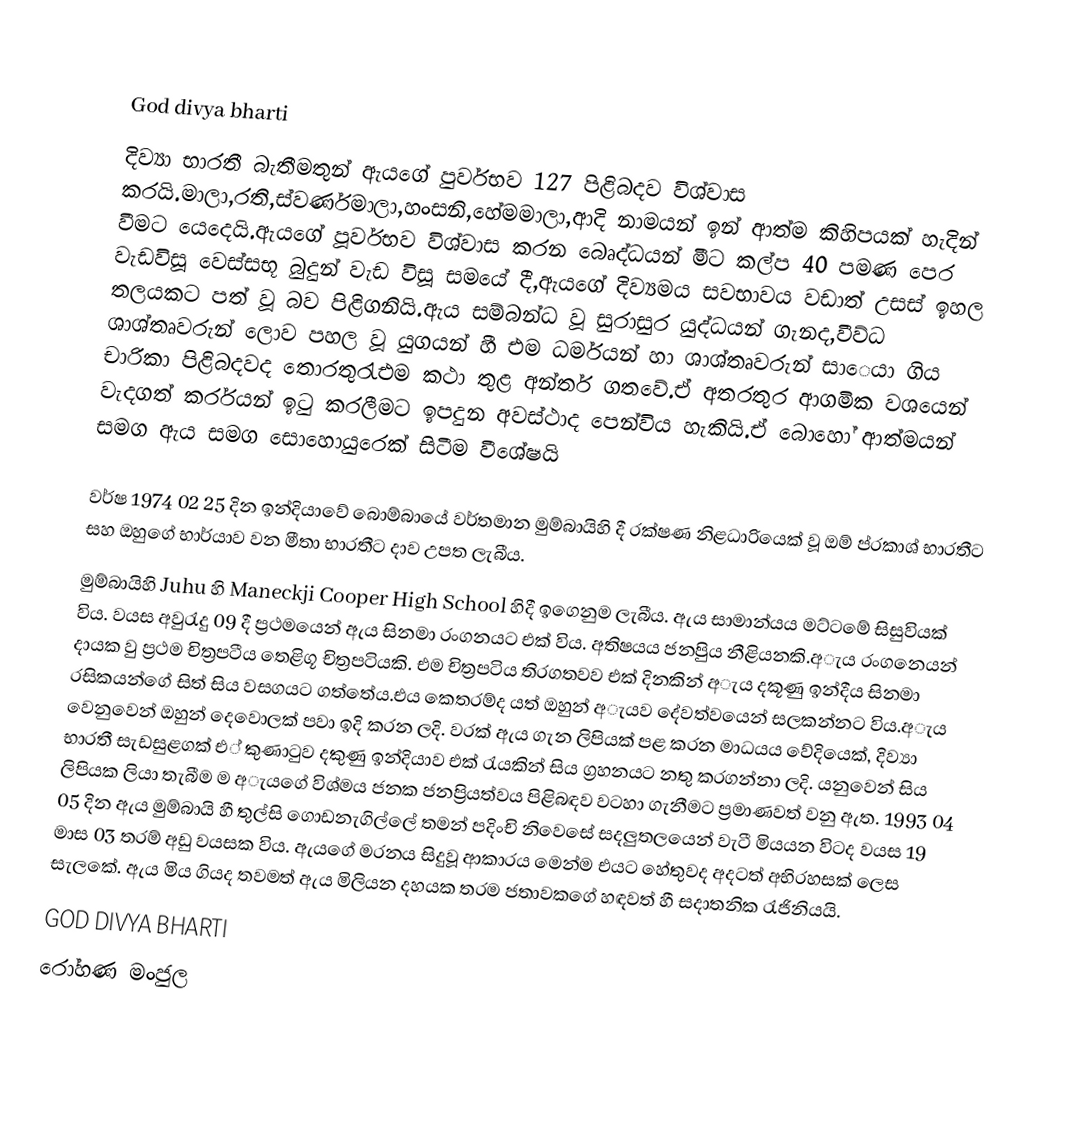

God divya bharti
දිව්‍යා භාරතී බැතීමතුන් ඇයගේ පුර්වභව 127 පිළිබදව විශ්වාස කරයි.මාලා,රති,ස්වර්ණමාලා,හංසනි,හේමමාලා,ආදි නාමයන් ඉන් ආත්ම කිහිපයක් හැදින් වීමට යෙදෙයි.ඇයගේ  පූර්වභව විශ්වාස කරන බෙෘද්ධයන්  මීට කල්ප 40 පමණ පෙර වැඩවිසූ වෙස්සභූ බුදුන් වැඩ විසූ සමයේ දී,ඇයගේ දිව්‍යමය සවභාවය වඩාත් උසස් ඉහල තලයකට පත් වූ බව පිළිගනියි.ඇය සම්බන්ධ වූ සුරාසුර යුද්ධයන් ගැනද,වීව්ධ ශාශ්තෘවරුන් ලොව පහල වූ යුගයන් හී එම ධර්මයන් හා ශාශ්තෘවරුන් සාෙයා ගිය චාරිකා පිළිබදවද තොරතුරැඑම කථා තුළ අන්තර් ගතවේ.ඒ අතරතුර ආගමික වශයෙන් වැදගත් කර්රයන් ඉටු කරලීමට ඉපදුන අවස්ථාද පෙන්විය හැකියි.ඒ බොහෝ ආත්මයන් සමග ඇය සමග සොහොයුරෙක් සිටීම වීශේෂයි

වර්ෂ 1974 02 25 දින ඉන්දියාවේ බොම්බායේ වර්තමාන මුම්බායිහි දී  රක්ෂණ නිළධාරියෙක් වූ  ඔම් ප්රකාශ් භාරතීට සහ ඔහුගේ භාර්යාව වන මීතා භාරතීට දාව උපත ලැබීය.
මුම්බායිහි Juhu හි Maneckji Cooper High School  හිදී ඉගෙනුම ලැබීය. ඇය සාමාන්යය මට්ටමේ සිසුවියක් විය. වයස අවුරැදු 09 දී ප්‍රථමයෙන්  ඇය සිනමා රංගනයට එක් විය. අතිෂයය ජනපිුය නීළියනකි.අැය රංගනෙයන් දායක වු ප්‍රථම චිත්‍රපටීය තෙළිගූ චිත්‍රපටියකි.  එම චිත්‍රපටිය තිරගතවව එක් දිනකින් අැය දකූණු ඉන්දීය සිනමා රසිකයන්ගේ සිත් සිය වසගයට ගත්තේය.එය කෙතරම්ද යත් ඔහුන් අැයව දේවත්වයෙන් සලකන්නට විය.අැය වෙනුවෙන් ඔහුන් දෙවොලක් පවා ඉදි කරන ලදි. වරක් ඇය ගැන ලිපියක් පළ කරන මාධයය වේදියෙක්, දිව්‍යා භාරතී සැඩසුළගක් එ් කුණාටුව දකුණු ඉන්දියාව එක් රැයකින් සිය ග්‍රහනයට නතු කරගන්නා ලදි. යනුවෙන් සිය ලිපියක ලියා තැබීම ම අැයගේ විශ්මය ජනක ජනප්‍රියත්වය පිළිබඳව වටහා ගැනීමට ප්‍රමාණවත් වනු ඇත. 1993 04 05 දින ඇය මුම්බායි හී තුල්සි  ගොඩනැගිල්ලේ තමන් පදිංචි නිවෙසේ සදලුතලයෙන් වැටී   මියයන විටද  වයස 19 මාස 03 තරම් අඩු වයසක විය. ඇයගේ මරනය සිදුවූ ආකාරය මෙන්ම එයට හේතුවද අදටත් අභිරහසක් ලෙස සැලකේ. ඇය මිය ගියද තවමත් ඇය  මිලියන දහයක තරම ජතාවකගේ හඳවත් හී සදාතනික රැජිනියයි.
GOD DIVYA BHARTI
රෝහණ මංජුල